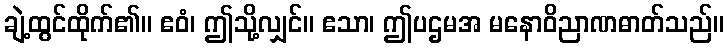
ချဲ့ထွင်ထိုက်၏။ ဧဝံ၊ ဤသို့လျှင်။ ဧသာ၊ ဤပဌမအ မနောဝိညာဏဓာတ်သည်။